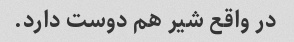
در واقع شیر هم دوست دارد.